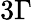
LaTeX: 3\Gamma